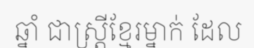
ឆ្នាំ ជាស្ត្រីខ្មែរម្នាក់ ដែល